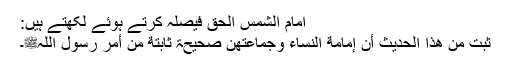
امام الشمس الحق فیصلہ کرتے ہوئے لکھتے ہیں:
ثبت من ھذا الحدیث أن إمامة النساء وجماعتھن صحیحۃ ثابتة من أمر رسول اللہﷺ۔